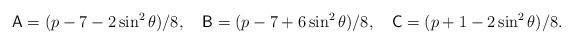
LaTeX: \begin{align*}{\sf A}=(p-7-2\sin^2\theta)/8,\ \ \ {\sf B}=(p-7+6\sin^2\theta)/8,\ \ \ {\sf C}=(p+1-2\sin^2\theta)/8.\end{align*}